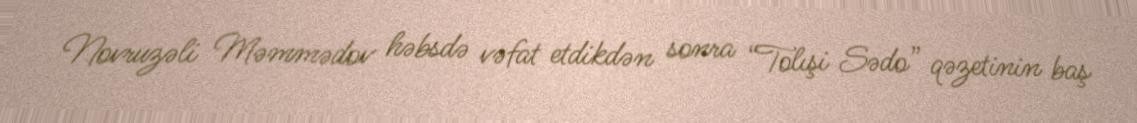
Novruzəli Məmmədov həbsdə vəfat etdikdən sonra “Tolışi Sədo” qəzetinin baş